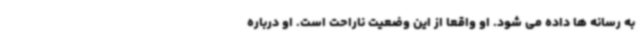
به رسانه ها داده می شود. او واقعا از این وضعیت ناراحت است. او درباره